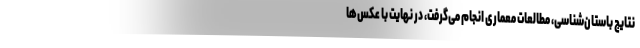
نتایج باستان‌شناسی، مطالعات معماری انجام می‌گرفت، در نهایت با عکس‌ها